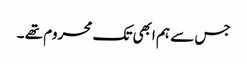
جس سے ہم ابھی تک محروم تھے ۔